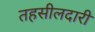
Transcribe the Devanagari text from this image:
तहसीलदारी